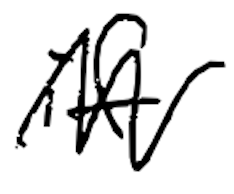
Text: if
Cross-out: zig-zag
Writing tool: digital_black